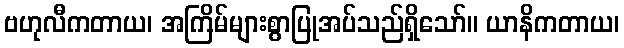
ဗဟုလီကတာယ၊ အကြိမ်များစွာပြုအပ်သည်ရှိသော်။ ယာနိကတာယ၊